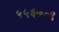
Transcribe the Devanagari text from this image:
५५६७०९